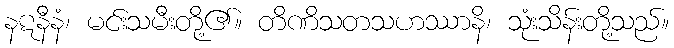
နဋနီနံ၊ မင်းသမီးတို့၏။ တိဏိသတသဟဿာနိ၊ သုံးသိန်းတို့သည်။